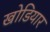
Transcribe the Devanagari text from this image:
खोडियार